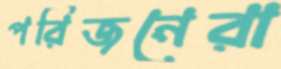
পরিজনেরা